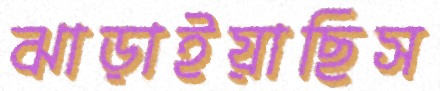
ঝাড়াইয়াছিস